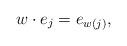
LaTeX: \begin{align*} w\cdot e_j = e_{w(j)},\end{align*}